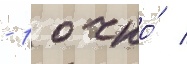
- 1 очко́ /